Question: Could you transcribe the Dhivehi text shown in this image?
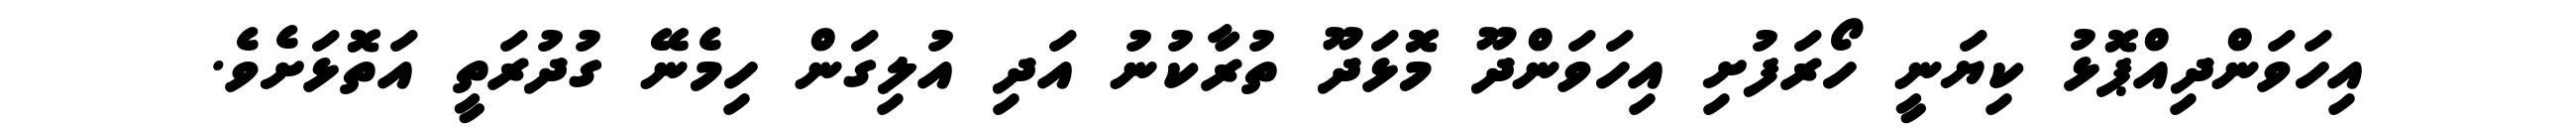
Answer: އިހަވަންދިއްޕޮޅު ކިޔަނީ ހޯރަފުށި އިހަވަންދޫ މޮޅަދޫ ތުރާކުނު އަދި އުލިގަން ހިމެނޭ ގުދުރަތީ އަތޮޅަށެވެ.